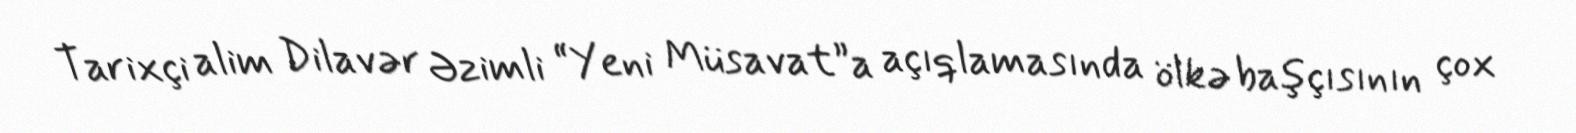
Tarixçi alim Dilavər Əzimli “Yeni Müsavat”a açıqlamasında ölkə başçısının çox